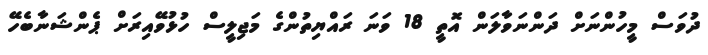
ދުވަސް މީހުންނަށް ދަންނަވާލަން އޮތީ 18 ވަނަ ރައްޔިތުންގެ މަޖިލީސް ހުޅުވޭއިރަށް ޕެންޝަނާބެހޭ